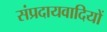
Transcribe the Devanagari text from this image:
संप्रदायवादियों